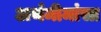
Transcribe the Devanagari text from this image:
अर्थमीमांसा